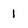
Character: 1